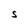
Character: S